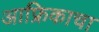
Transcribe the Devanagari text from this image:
आफ्रिकाचा